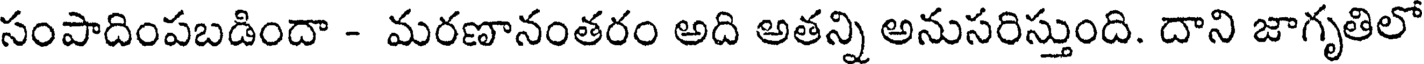
సంపాదింపబడిందా - మరణానంతరం అది అతన్ని అనుసరిస్తుంది. దాని జాగృతిలో